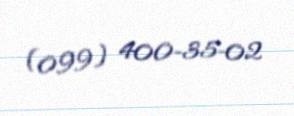
(099) 400-35-02